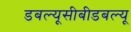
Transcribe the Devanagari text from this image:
डबल्यूसीबीडबल्यू